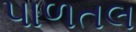
પાળતલ